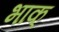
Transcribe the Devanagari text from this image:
भाक्‌